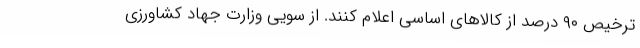
ترخیص ۹۰ درصد از کالاهای اساسی اعلام کنند. از سویی وزارت جهاد کشاورزی